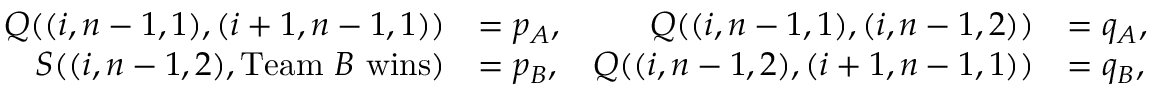
\begin{array} { r l r l } { Q ( ( i , n - 1 , 1 ) , ( i + 1 , n - 1 , 1 ) ) } & { = p _ { A } , } & { Q ( ( i , n - 1 , 1 ) , ( i , n - 1 , 2 ) ) } & { = q _ { A } , } \\ { S ( ( i , n - 1 , 2 ) , \mathrm { T e a m ~ } B \mathrm { ~ w i n s } ) } & { = p _ { B } , } & { Q ( ( i , n - 1 , 2 ) , ( i + 1 , n - 1 , 1 ) ) } & { = q _ { B } , } \end{array}